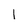
Character: l